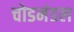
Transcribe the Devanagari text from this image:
चोडमंडल